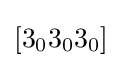
[3_{0}3_{0}3_{0}]